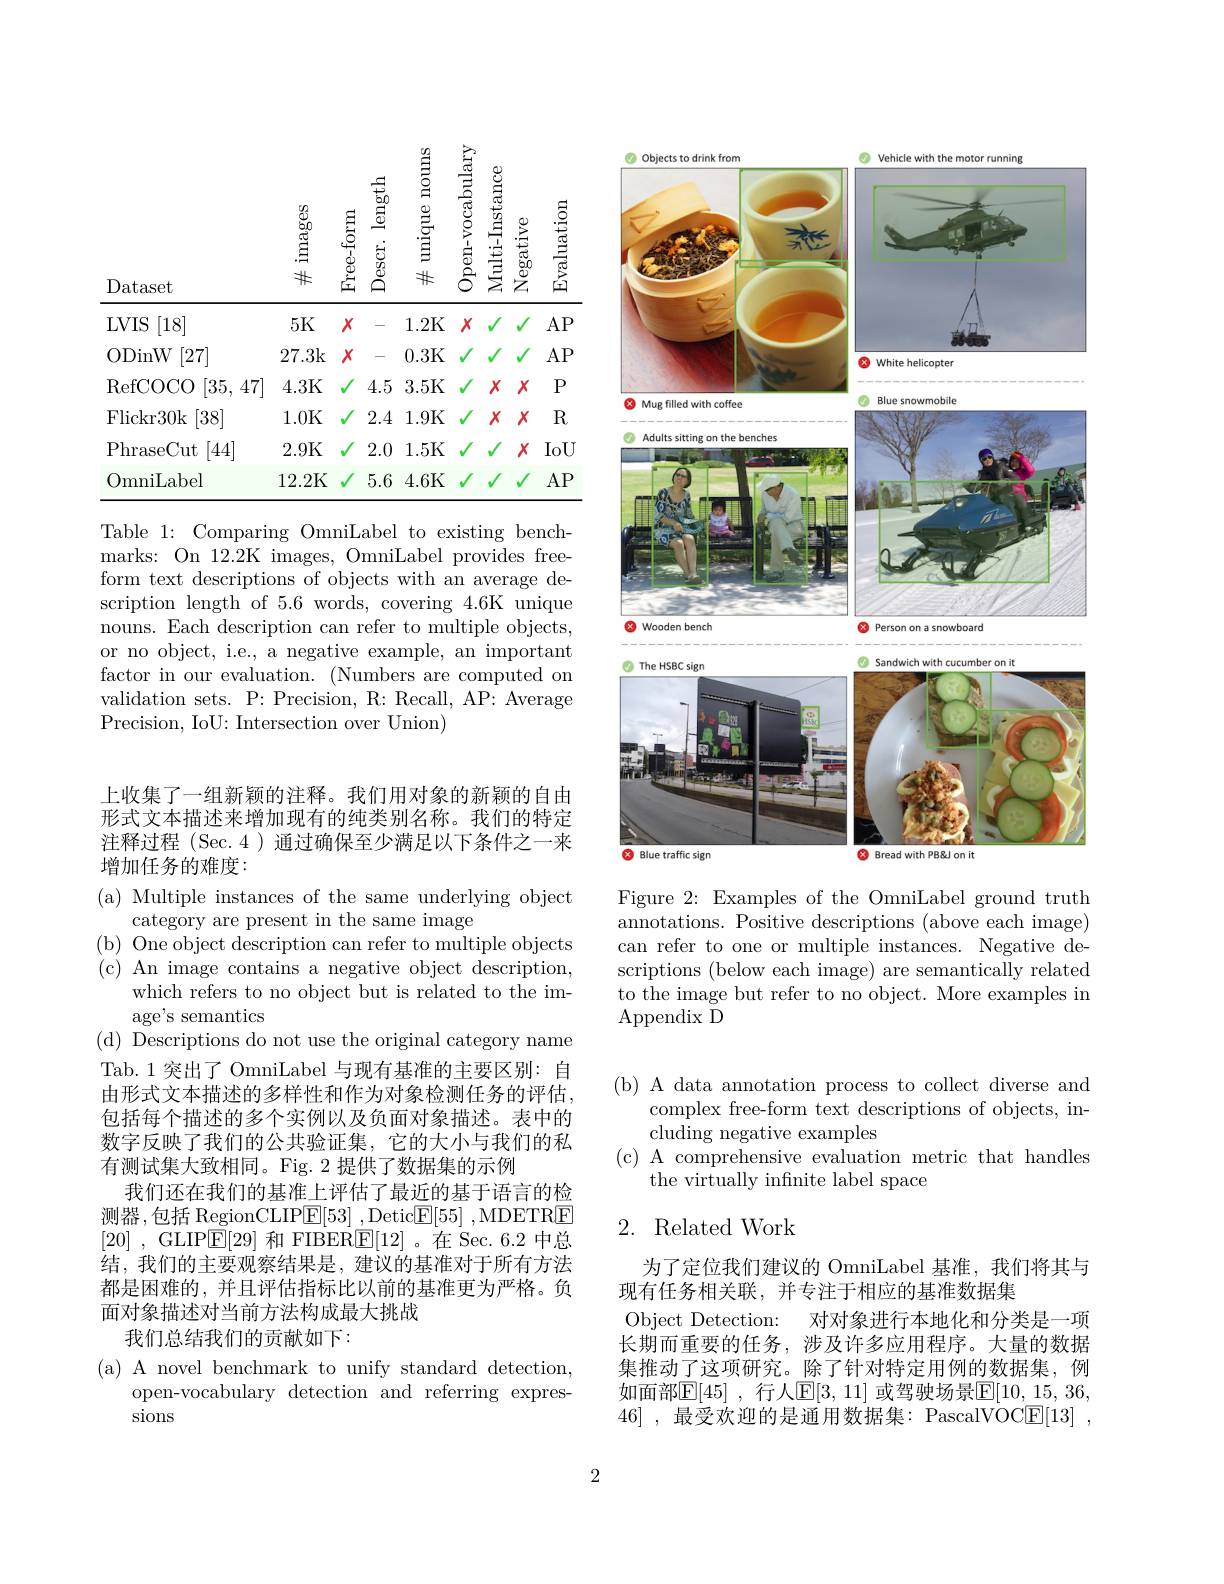
<table>
	<tbody>
		<tr>
			<th> </th>
			<th></th>
			<th>$\begin{array}{c}{\frac{1}{60}}\\{\underline{5}}\\{\underline{.}}\end{array}$ 囂 $\dot{5}$ T -</th>
			<th>unique nouns</th>
			<th>en-vocabulary</th>
			<th>tl-lnstance $\sum_{i=1}^{\infty}\sum_{i=1}^{\infty}\sum_{i=1}^{\infty}\sum_{i=1}^{\infty}\sum_{i=1}^{\infty}\sum_{i=1}^{\infty}\sum_{i=1}^{\infty}\sum_{i=1}^{\infty}\sum_{i=1}^{\infty}\sum_{i=2}^{\infty}\sum_{i=1}^{\infty}\sum_{i=1}^{\infty}\sum_{i=1}^{\infty}\sum_{i=1}^{\infty}\sum_{i=1}^{\infty}\sum_{i=1}^{\infty}\sum_{i=1}^{\infty}\sum_{i=1}^{\infty}\frac{1}{i=1}\sum_{i=1}^{\infty}\sum_{i=1}^{\infty}\sum_{i=1}^{\infty}\sum_{i=1}^{\infty}\frac{$</th>
			<th>luation</th>
		</tr>
		<tr>
			<th>Dataset</th>
			<th>$\begin{array}{c}\textcircled{9}\\\textcircled{6}\\\textcircled{50}\\.\textcircled{5}\\\downarrow\\*\end{array}$</th>
			<th>Descr. length Free- form</th>
			<th>$\#$ unique nouns</th>
			<th>Open- vocabulary</th>
			<th>Multı-lnstance Negative</th>
			<th>Evaluation</th>
		</tr>
		<tr>
			<td>$LVIS$ [18]</td>
			<td>5K</td>
			<td>$X$ - </td>
			<td>1.2K</td>
			<td>$X$</td>
			<td>1 1</td>
			<td>$AP$</td>
		</tr>
		<tr>
			<td>RefCOCO [35,47]</td>
			<td>4.3K</td>
			<td>4.5</td>
			<td>3.5K</td>
			<td>$√$</td>
			<td>$X$ $X$</td>
			<td>$P$</td>
		</tr>
		<tr>
			<td>Flickr30k [38]</td>
			<td>1.0K</td>
			<td>2.4</td>
			<td>1.9K</td>
			<td>$√$</td>
			<td>$X$ $X$</td>
			<td>R</td>
		</tr>
		<tr>
			<td>PhraseCut [44]</td>
			<td>2.9K</td>
			<td>2.0</td>
			<td>1.5K</td>
			<td>$\sqrt{1}$ 1</td>
			<td>$X$ 1 1</td>
			<td>IoU</td>
		</tr>
		<tr>
			<td>OmniLabel</td>
			<td>12.2K</td>
			<td>5.6</td>
			<td>4.6K</td>
			<td>$√$ W</td>
			<td>$√$ 1</td>
			<td>$AP$</td>
		</tr>
	</tbody>
</table>

Table 1: Comparing OmniLabel to existing bench-

marks: On 12.2K images, OmniLabel provides freeform text descriptions of objects with an average description length of 5.6 words, covering 4.6K unique nouns. Each description can refer to multiple objects, or no object, i.e., a negative example, an important factor in our evaluation. (Numbers are computed on validation sets. P: Precision, R: Recall, AP: Average Precision, IoU: Intersection over Union)

<FigureHere>

Figure 2: Examples of the OmniLabel ground truth annotations. Positive descriptions (above each image) can refer to one or multiple instances. Negative descriptions (below each image) are semantically related to the image but refer to no object. More examples in Appendix D

上收集了一组新颖的注释。我们用对象的新颖的自由形式文本描述来增加现有的纯类别名称。我们的特定注释过程 (Sec.4)通过确保至少满足以下条件之一来增加任务的难度：

(d) Descriptions do not use the original category name

(a) Multiple instances of the same underlying object
category are present in the same image
( b) One object description can refer to multiple objects ( c) An image contains a negative object description,
which refers to no object but is related to the im-
age's semantics
Tab.1突出了 OmniLabel 与现有基准的主要区别：自由形式文本描述的多样性和作为对象检测任务的评估， 包括每个描述的多个实例以及负面对象描述。表中的数字反映了我们的公共验证集，它的大小与我们的私有测试集大致相同。Fig. 2 提供了数据集的示例
我们还在我们的基准上评估了最近的基于语言的检测器，包括 RegionCLIP$\boxed{\mathrm{E} }[ 53]$ ,Detic$\boxed{\mathrm{F} }[ 55]$ ,MDETRE [20] , GLIP$\underline{\mathrm{E}}[29]$和 FIBER$\underline{\mathrm{E}}[12]$ 。在 Sec. 6.2 中总结，我们的主要观察结果是，建议的基准对于所有方法都是困难的，并且评估指标比以前的基准更为严格。负面对象描述对当前方法构成最大挑战
我们总结我们的贡献如下：

( a) A novel benchmark to unify standard detection,
open-vocabulary detection and referring expres-
sions

(b) A data annotation process to collect diverse and
complex free-form text descriptions of objects, in-
cluding negative examples
(c) A comprehensive evaluation metric that handles
the virtually infinite label space

## 2. Related Work

为了定位我们建议的 OmniLabel 基准，我们将其与
现有任务相关联，并专注于相应的基准数据集
Object Detection: 对对象进行本地化和分类是一项长期而重要的任务，涉及许多应用程序。大量的数据集推动了这项研究。除了针对特定用例的数据集，例如面部$\mathbb{E}[45]$ ,行人$\mathbb{E}[3,11]$ 或驾驶场景$\mathbb{E}[10,15,36$, 46] ,最受欢迎的是通用数据集：PascalVOC$\underline{\mathrm{E}}[13]$ ,

2